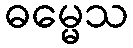
ဓမ္မေသ